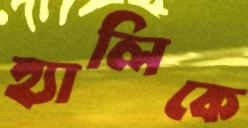
হ্যালিকে